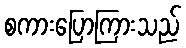
စကားပြောကြားသည်